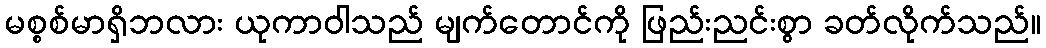
မစ္စစ်မာရှိဘလား ယုကာဝါသည် မျက်တောင်ကို ဖြည်းညင်းစွာ ခတ်လိုက်သည်။